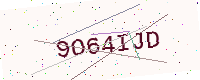
Text: 9O64IJD